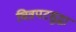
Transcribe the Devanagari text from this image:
चित्रपटसुद्धा